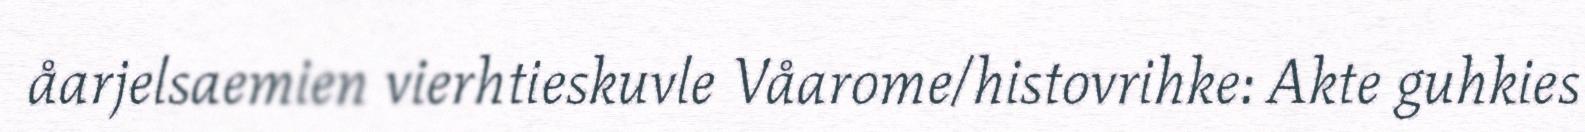
åarjelsaemien vierhtieskuvle Våarome/histovrihke: Akte guhkies